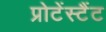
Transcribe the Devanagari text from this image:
प्रोटेंस्टैंट